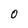
Character: 0